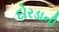
દોરડાની